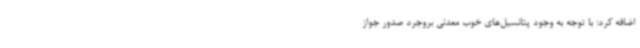
اضافه کرد: با توجه به وجود پتانسیل‌های خوب معدنی بروجرد صدور جواز